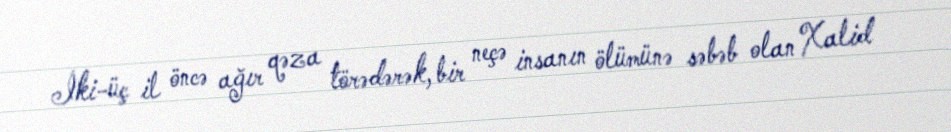
İki-üç il öncə ağır qəza törədərək, bir neçə insanın ölümünə səbəb olan Xalid